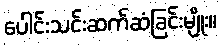
ပေါင်းသင်းဆက်ဆံခြင်းမျိုး။